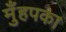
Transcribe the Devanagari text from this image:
मुँहपका